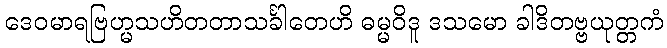
ဒေဝမာရဗြဟ္မသဟိတတာသင်္ခါတေဟိ ဓမ္မဝိဒူ ဒသမော ခါဒိတဗ္ဗယုတ္တကံ